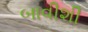
બાવીશી